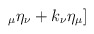
\begin{align*}_{\mu }\eta _{\nu }+k_{\nu }\eta _{\mu }]\end{align*}